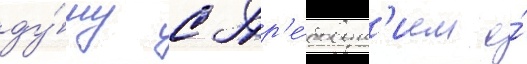
ду́му с тр'е́бован'ием о́